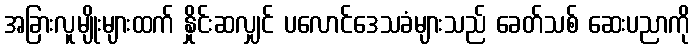
အခြားလူမျိုးများထက် နှိုင်းဆလျှင် ပလောင်ဒေသခံများသည် ခေတ်သစ် ဆေးပညာကို